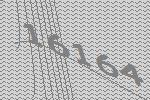
16164